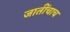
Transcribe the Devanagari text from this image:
जातींचाच